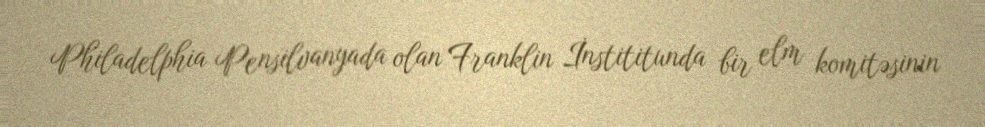
Philadelphia Pensilvanyada olan Franklin İnstititunda bir elm komitəsinin